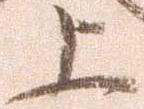
上